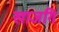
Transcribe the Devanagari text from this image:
खाजगि